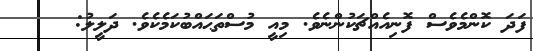
ފަދަ ކޮންމެވެސް ފޮނިއެއްޗަކުންނެވެ. މިއީ މުސްތަޙައްބުކަމެކެވެ. ދަލީލު: